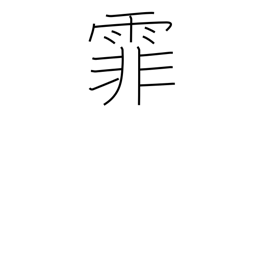
Meaning: falling rain or snow